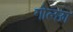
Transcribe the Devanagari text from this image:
गोल्छा